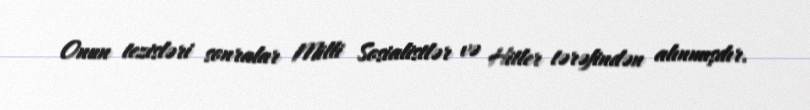
Onun tezisləri sonralar Milli Sosialistlər və Hitler tərəfindən alınmışdır.